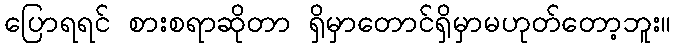
ပြောရရင် စားစရာဆိုတာ ရှိမှာတောင်ရှိမှာမဟုတ်တော့ဘူး။